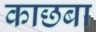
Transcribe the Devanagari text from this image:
काछबा